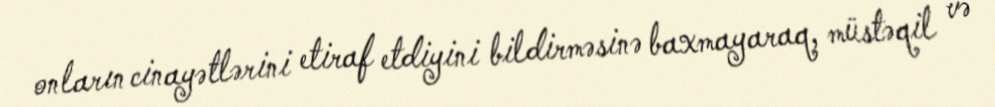
onların cinayətlərini etiraf etdiyini bildirməsinə baxmayaraq, müstəqil və